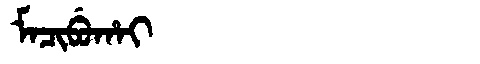
Manchu: ᠮᠠᠴᡳᠪᡠᡥᠠᡳ
Romanization: MACIBUHAI